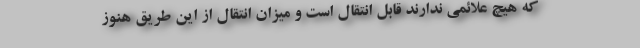
که هیچ علائمی ندارند قابل انتقال است و میزان انتقال از این طریق هنوز